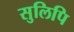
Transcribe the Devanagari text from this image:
सुलिपि